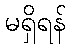
မရှိရန်